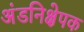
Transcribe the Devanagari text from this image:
अंडनिक्षेपक